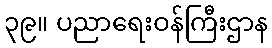
၃၉။ ပညာရေးဝန်ကြီးဌာန